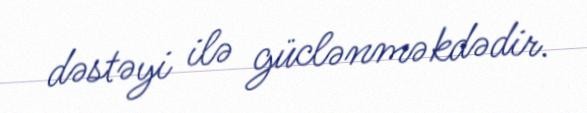
dəstəyi ilə güclənməkdədir.